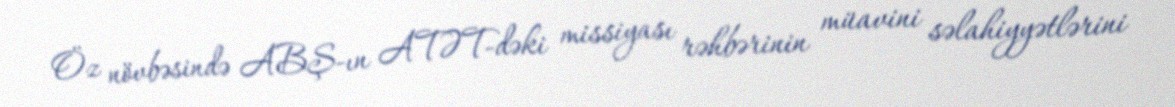
Öz növbəsində ABŞ-ın ATƏT-dəki missiyası rəhbərinin müavini səlahiyyətlərini